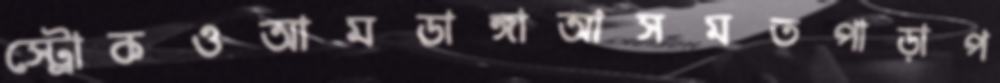
স্ট্রোকওআমডাঙ্গাআসমতপাড়াপ